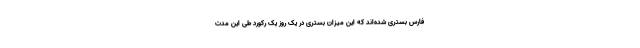
فارس بستری شده‌اند که این میزان بستری در یک روز یک رکورد طی این مدت